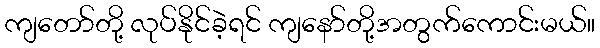
ကျတော်တို့ လုပ်နိုင်ခဲ့ရင် ကျနော်တို့အတွက်ကောင်းမယ်။